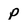
Character: p